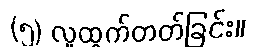
(၅) လူထွက်တတ်ခြင်း။